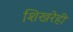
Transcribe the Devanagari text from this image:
शिखरेही